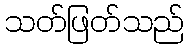
သတ်ဖြတ်သည်